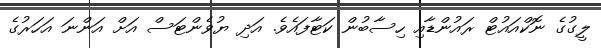
ލީގުގެ ނޮކްއައުޓް ރައުންޑާއި ހިސާބުން ކަޓާފައެވެ. އަދި ޔުވެންޓަސް އަށް އަންނަ އަހަރުގެ